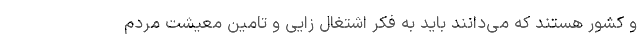
و کشور هستند که می‌دانند باید به فکر اشتغال زایی و تامین معیشت مردم